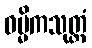
ဓမ္မိကသုတ္တံ